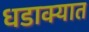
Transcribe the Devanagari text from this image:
धडाक्‍यात